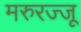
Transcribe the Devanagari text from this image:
मरुरज्जू